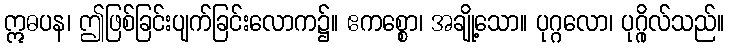
ဣဓပန၊ ဤဖြစ်ခြင်းပျက်ခြင်းလောက၌။ ဧကစ္စော၊ အချို့သော။ ပုဂ္ဂလော၊ ပုဂ္ဂိုလ်သည်။